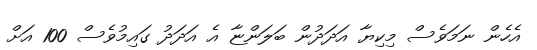
އެހެން ނަމަވެސް މިކިޔާ އަދަދުން ބަލަންޏާ އެ އަދަދު ގައިމުވެސް 100 އަށް